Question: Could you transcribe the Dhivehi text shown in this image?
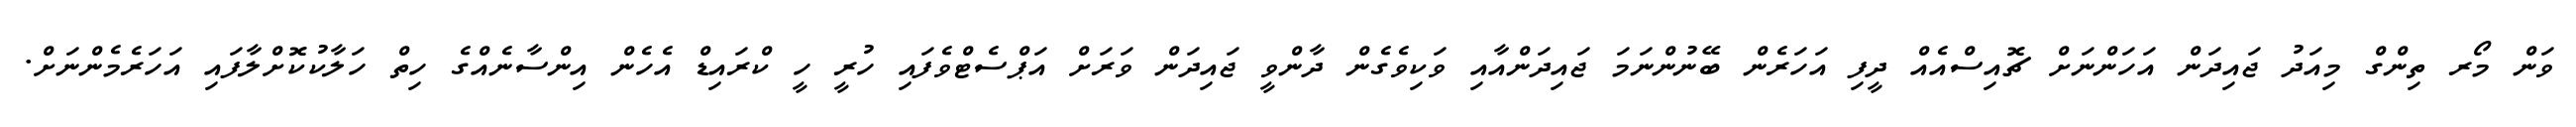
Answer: ވަން މޯރ ތިންގް މިއަދު ޖައިދަން އަހަންނަށް ޗޮއިސްއެއް ދީފި އަހަރެން ބޭނުންނަމަ ޖައިދަންއާއި ވަކިވެގެން ދާންވީ ޖައިދަން ވަރަށް އަޕްސެޓްވެފައި ހުރީ ހީ ކްރައިޑް އެހެން އިންސާނެއްގެ ހިތް ހަލާކުކޮށްލާފައި އަހަރެމެންނަށް.